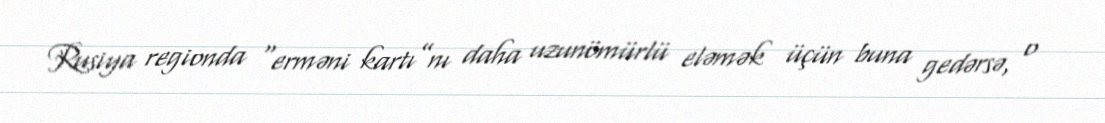
Rusiya regionda “erməni kartı”nı daha uzunömürlü eləmək üçün buna gedərsə, o